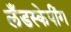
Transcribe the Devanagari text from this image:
लँडस्केपींग